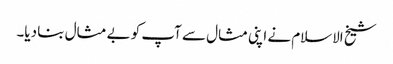
شیخ الاسلام نے اپنی مثال سے آپ کو بے مثال بنا دیا۔